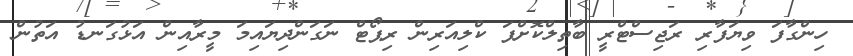
ހިންގާފަ ވިޔަފާރި ރަޖިސްޓްރީ ބާތިލްކޮށްފަ ކްލިއަރިން ރިޕޯޓް ނަގަންދިޔައިމަ މީރާއިން އަޅުގަނޑު އަތުން